Juuru_vallavalitsus, lk 62
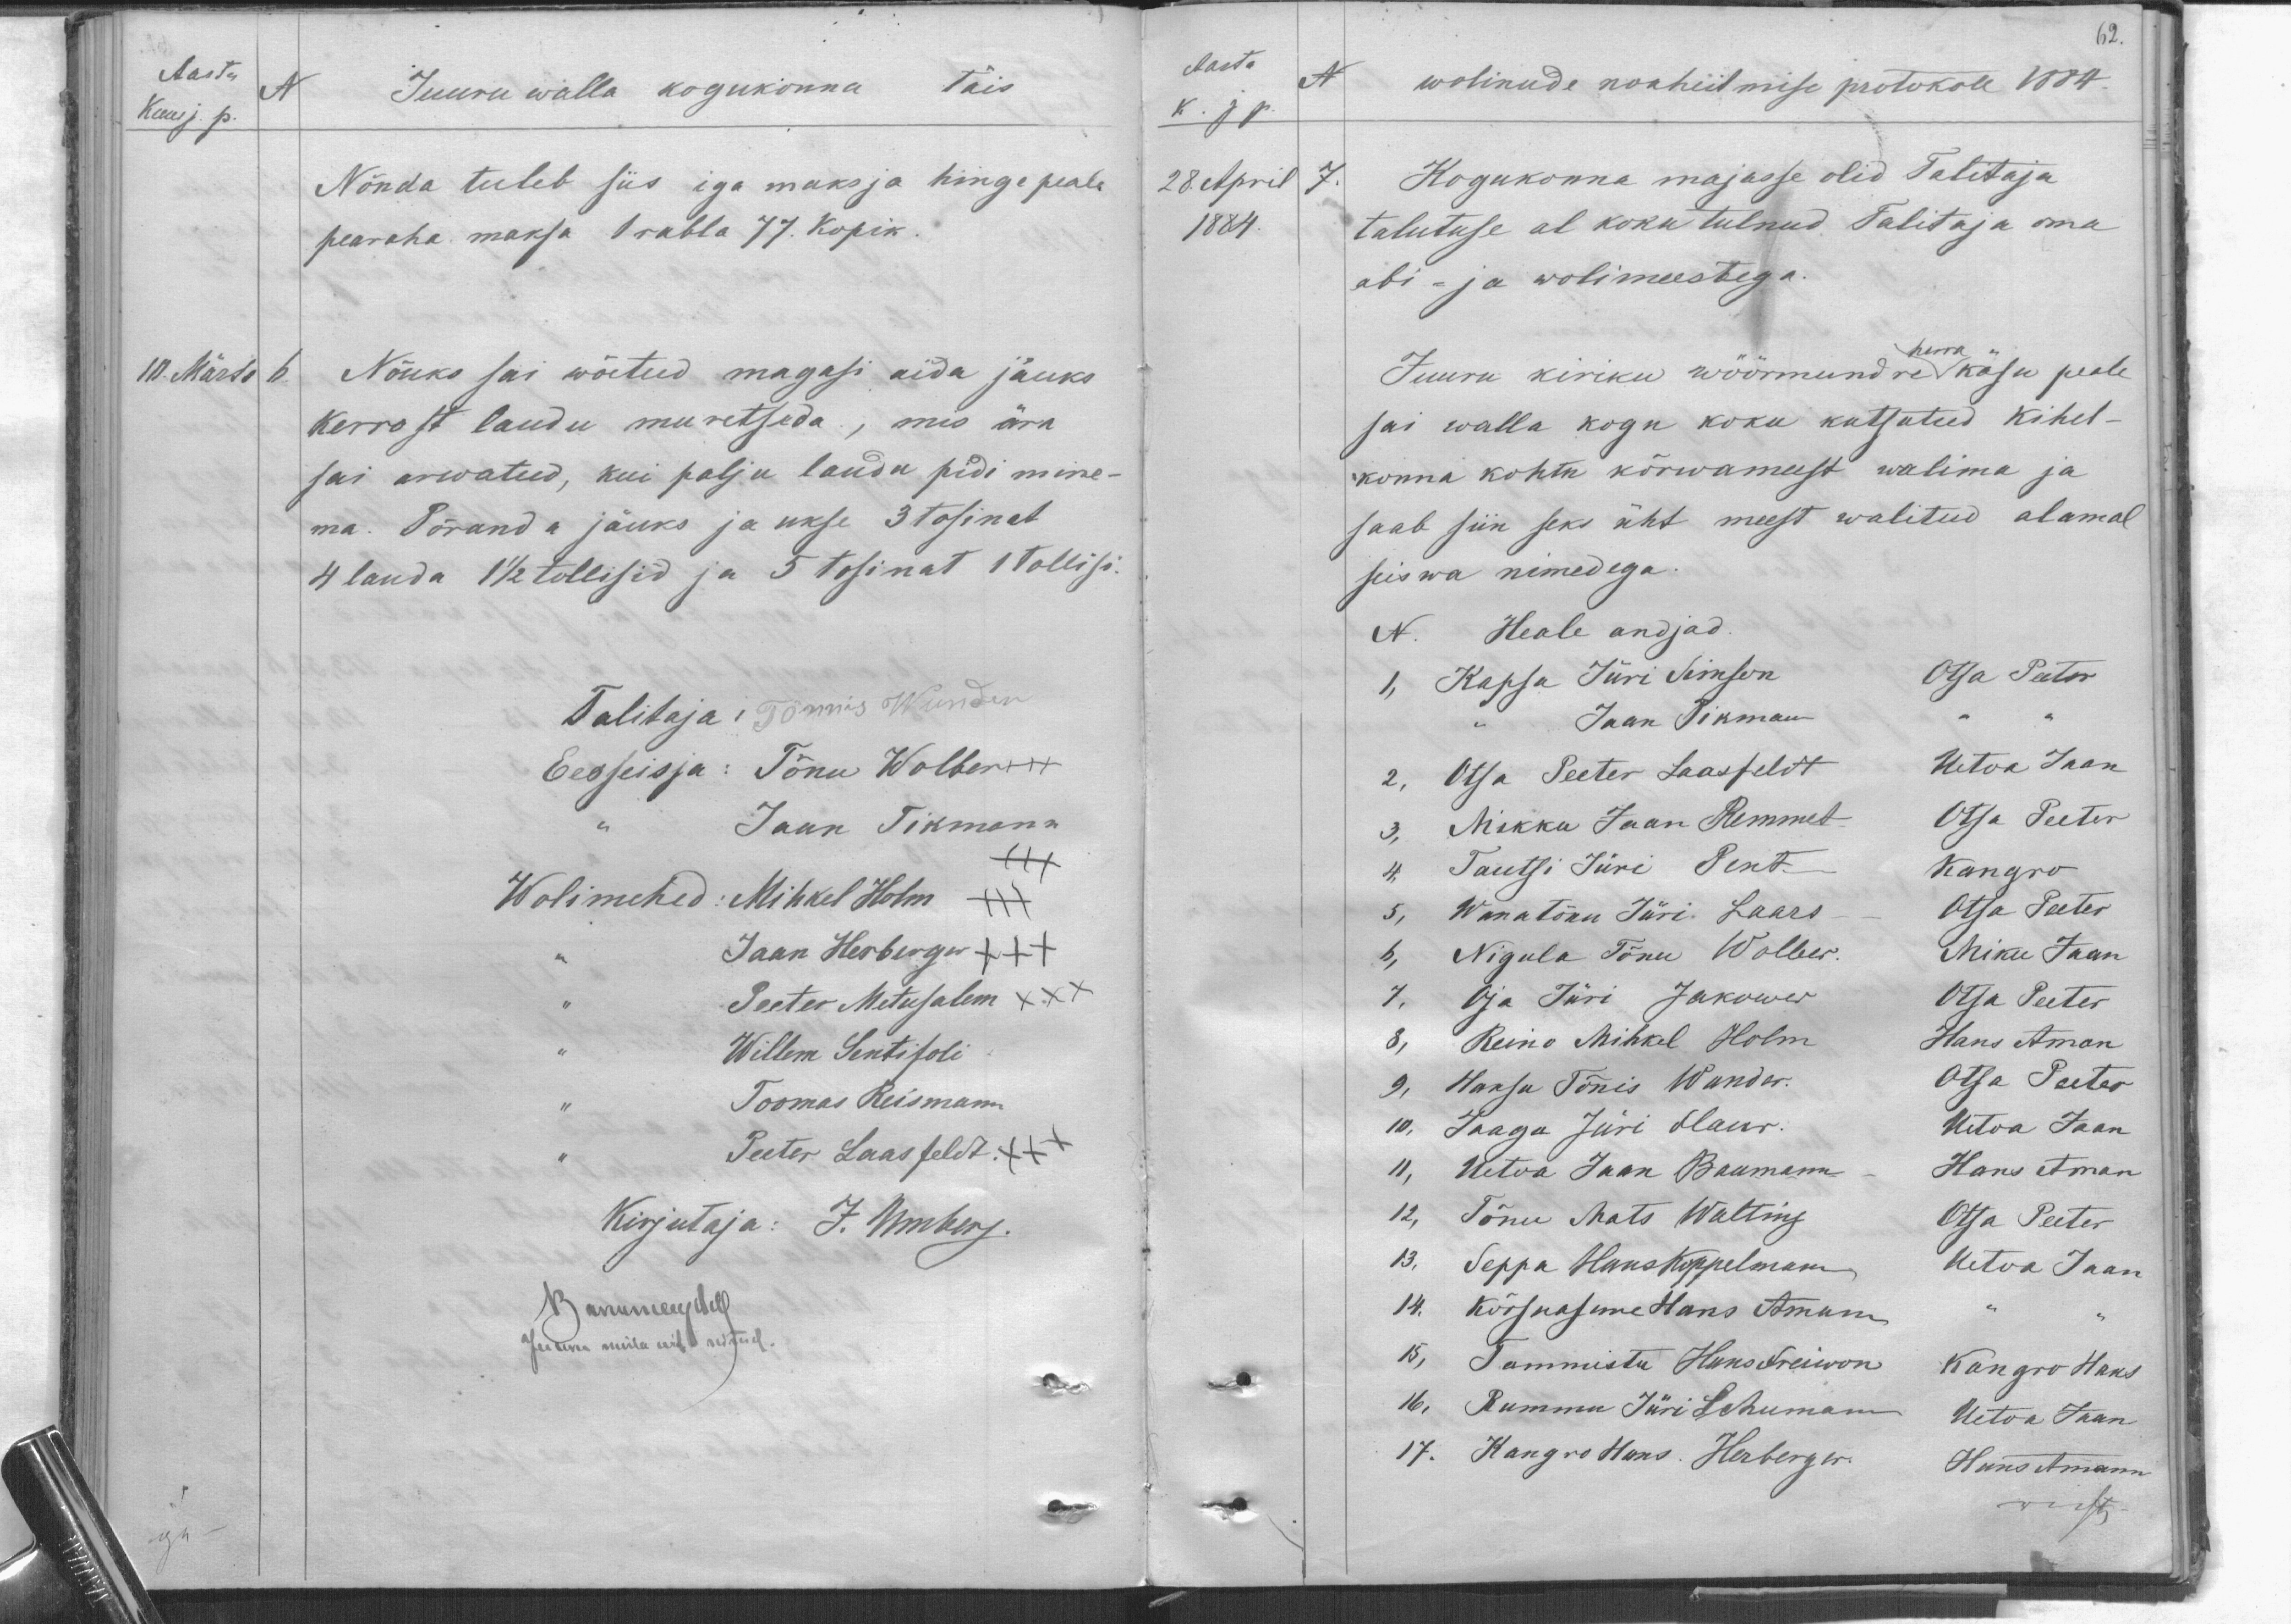
Aastu
N
Kuu j. p.
Juuru walla kogukonna täis
Nõnda tuleb siis iga maksja hinge peale
pearaha maksa 1 rubla 77. Kopik.
10. Märts
6.
Nõuks sai wõetud magasi aida jäuks
kerrost laudu muretseda, mis ära
sai arwatud, kui palju lauda pidi mine-
ma. Põranda jäuks ja ukse 3 tosinat
4 lauda 1 1/2 tollisid ja 5 tesinat 1 tollisi
Talitaja: Tõnnis Wunder
Eesseisja: Tõnu Wolber
Jaan Tikmann
Wolimehed: Mihkel Holm
Jaan Herberger XXX
Peeter Metusalem XXX
Willem Sentisoli
Toomas Reismann.
Peeter Laasfeldt XXX
Kirjutaja: J. Umberg.
Barremees, All
Jaama mida ühti seitud.

62
Aasta
N
K. j p.
wolinude noaheitmise protokoll 1884.
28. April
7.
1884.
Kogukonna majasse olid Talitaja
talutuse al koku tulnud Talitaja oma
abi- ja wolimeestega.
herra
Juuru kiriku wöörmundre käsu peale
sai walla kogu koku kutsutud kihel-
konna kohtu kõrwameest walima ja
saab siin seks üht meest walitud alamal
seiswa nimedega.
N. Heale andjad.
1, Kapsa Jüri Simson
Otsa Peeter
Jaan Tikman
2. Otsa Peeter Laasfeldt
Uetoa Jaan
3, Mikku Jaan Remmet
Uetoa Jaan
4. Tautsi Jüri Pent.
Otsa Peeter
5, Wana Tõnu Jüri Laars
Kangro
6, Nigula Tõnu Wolber.
Otsa Peeter
7, Oja Jüri Jakower
Miku Jaan
8, Reino Mihkel Holm
Otsa Peeter
9, Hanson Tõnis Wunder.
Hans Aman
10, Jaagu Jüri Haur.
Otsa Peeter
11, Uetoa Jaan Baumann
Uetoa Jaan
12, Tõnu Mats Walting
Hans Aman
13. Seppa Hans koppelman
Otsa Peeter
14. Kõrsaseme Hans Aman
Uetoa Jaan
15, Tammistu Hans Freiman
Kangro Hans
16, Rummu Jüri Lohumann
Uetoa Jaan
17. Kangro Hans. Herberger.
Hans Amann